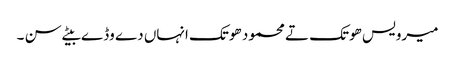
میرویس ھوتک تے محمود ھوتک انہاں دے وڈے بیٹے سن ۔